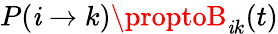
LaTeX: P(\mathit{i}\xrightarrow{}{{}}k)\proptoB_{\mathit{i}k}(t)